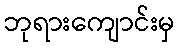
ဘုရားကျောင်းမှ